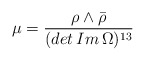
\begin{align*}\mu=\frac{\rho\wedge\bar{\rho}}{(det\,Im\,\Omega)^{13}}\end{align*}